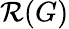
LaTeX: {\mathcal{R}}(G)